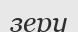
зеру